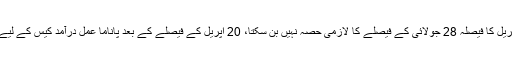
درخواستوں میں کہا گیا کہ 20 اپریل کا فیصلہ 28 جولائی کے فیصلے کا لازمی حصہ نہیں بن سکتا، 20 اپریل کے فیصلے کے بعد پاناما عمل درآمد کیس کے لیے تین رکنی بینچ تشکیل دیا گیا تھا۔